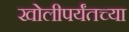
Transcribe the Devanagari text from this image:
खोलीपर्यंतच्या